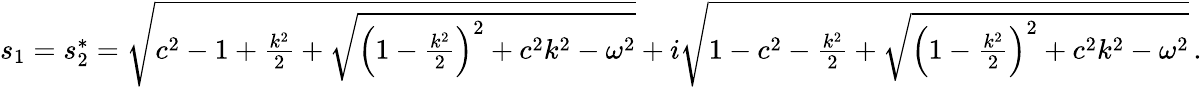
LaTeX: \begin{array}{r}{s_{1}=s_{2}^{*}=\sqrt{c^{2}-1+\frac{k^{2}}{2}+\sqrt{\left(1-\frac{k^{2}}{2}\right)^{2}+c^{2}k^{2}-\omega^{2}}}+i\sqrt{1-c^{2}-\frac{k^{2}}{2}+\sqrt{\left(1-\frac{k^{2}}{2}\right)^{2}+c^{2}k^{2}-\omega^{2}}}\, .}\end{array}